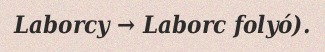
Laborcy → Laborc folyó).